Vaccination report Assam 1874-1896 - 1874-1896
Year: 1874
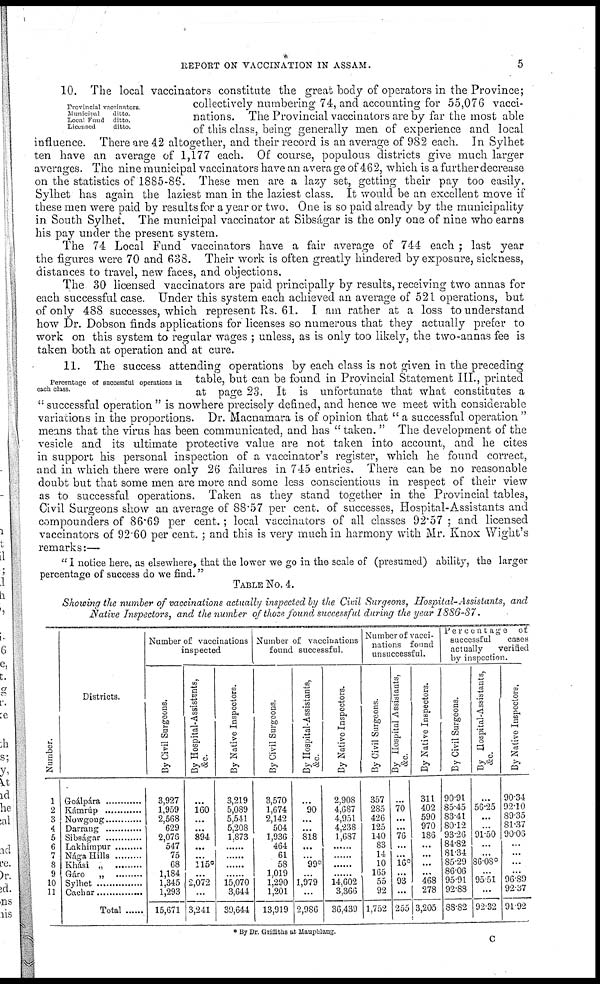
REPORT ON VACCINATION IN ASSAM.
5
Provincial vaccinators
Municipal
ditto
Local Fund ditto
Licensed
ditto
10. The local vaccinators constitute the great body of operators in the Province;
collectively numbering 74, and accounting for 55,076 vacci-
nations. The Provincial vaccinators are by far the most able
of this class, being generally men of experience and local
influence. There are 42 altogether, and their record is an average of 982 each. In Sylhet
ten have an average of 1,177 each. Of course, populous districts give much larger
averages. The nine municipal vaccinators have an average of 462, which is a further decrease
on the statistics of 1885-86. These men are a lazy set, getting their pay too easily.
Sylhet has again the laziest man in the laziest class. It would be an excellent move if
these men were paid by results for a year or two. One is so paid already by the municipality
in South Sylhet. The municipal vaccinator at Sibságar is the only one of nine who earns
his pay under the present system.
The 74 Local Fund vaccinators have a fair average of 744 each ; last year
the figures were 70 and 638. Their work is often greatly hindered by exposure, sickness,
distances to travel, new faces, and objections.
The 30 licensed vaccinators are paid principally by results, receiving two annas for
each successful case. Under this system each achieved an average of 521 operations, but
of only 488 successes, which represent Rs. 61. I am rather at a loss to understand
how Dr. Dobson finds applications for licenses so numerous that they actually prefer to
work on this system to regular wages ; unless, as is only too likely, the two-annas fee is
taken both at operation and at cure.
Percentage of successful operations in
each class
11. The success attending operations by each class is not given in the preceding
table, but can be found in Provincial Statement III., printed
at page 23. It is unfortunate that what constitutes a
" successful operation " is nowhere precisely defined, and hence we meet with considerable
variations in the proportions. Dr. Macnamara is of opinion that " a successful operation "
means that the virus has been communicated, and has " taken. " The development of the
vesicle and its ultimate protective value are not taken into account, and he cites
in support his personal inspection of a vaccinator's register, which he found correct,
and in which there were only 26 failures in 745 entries. There can be no reasonable
doubt but that some men are more and some less conscientious in respect of their view
as to successful operations. Taken as they stand together in the Provincial tables,
Civil Surgeons show an average of 88.57 per cent. of successes, Hospital-Assistants and
compounders of 86.69 per cent.; local vaccinators of all classes 92.57 ; and licensed
vaccinators of 92.60 per cent. ; and this is very much in harmony with Mr. Knox Wight's
remarks:—
" I notice here, as elsewhere, that the lower we go in the scale of (presumed) ability, the larger
percentage of success do we find."
TABLE No. 4.
Showing the number of vaccinations actually inspected by the Civil Surgeons, Hospital-Assistants, and
Native Inspectors, and the number of those found successful during the year 1886-87.
Number.
1
2
3
4
5
6
7
8
9
10
11
Districts.
Goálpára..................
Kámrúp..................
Nowgong..................
Darrang..................
Sibságar..................
Lakhimpur..................
Nága Hills..................
Khási „ ..................
Gáro „ ..................
Sylhet..................
Cachar..................
Total..................
Number of vaccinations
inspected
By Civil Surgeons.
3,927
1,959
2,568
629
2,076
547
75
68
1,184
1,345
1,293
15,671
By Hospital-Assistants,
&c.
...
160
...
...
894
...
...
115*
...
2,072
...
3,241
By Native Inspectors.
3,219
5,089
5,541
5,208
1,873
......
......
......
...
15,070
3,644
39,644
Number of vaccinations
found successful.
By Civil Surgeons.
3 570
1,674
2,142
504
1,936
464
61
58
1,019
1,290
1,201
13,919
By Hospital-Assistants,
&c.
...
90
...
...
818
...
99*
...
1,979
...
2,986
By Native Inspectors.
2,908
4,687
4,951
4,238
1,687
...
...
......
...
14,602
3,366
36,439
Number of vacci-
nations found
unsuccessful.
By Civil Surgeons.
357
285
426
125
140
83
14
10
165
55
92
1,752
By Hospital Assistants,
&c.
...
70
...
...
76
...
16*
...
93
...
255
By Native Inspectors.
311
402
590
970
186
...
...
...
...
468
278
3,205
Percentage of
successful
cases
actually
verified
by inspection.
By Civil Surgeons.
90.91
85.45
83.41
80.12
93.26
84.82
81.34
85.29
86.06
95.91
92.88
88.82
By Hospital-Assistants,
&c.
...
56.25
...
...
91.50
...
...
86.08*
...
95.51
...
92.32
By Native Inspectors.
90.34
92.10
89.35
81.37
90.06
...
...
...
...
96.89
92.37
91.92
* By Dr. Griffiths at Mauphlang.
C